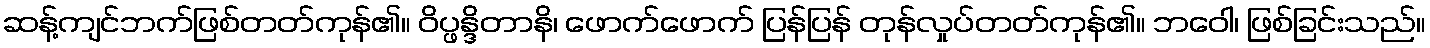
ဆန့်ကျင်ဘက်ဖြစ်တတ်ကုန်၏။ ဝိပ္ဖန္ဒိတာနိ၊ ဖောက်ဖောက် ပြန်ပြန် တုန်လှုပ်တတ်ကုန်၏။ ဘဝေါ၊ ဖြစ်ခြင်းသည်။